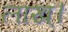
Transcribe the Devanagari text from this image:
लाख्।